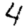
Digit: 4